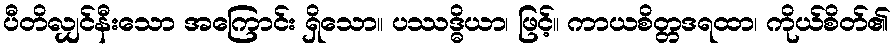
ပီတိလျှင်နီးသော အကြောင်း ရှိသော။ ပဿဒ္ဓိယာ၊ ဖြင့်။ ကာယစိတ္တဒရထာ၊ ကိုယ်စိတ်၏